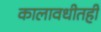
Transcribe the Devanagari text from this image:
कालावधीतही